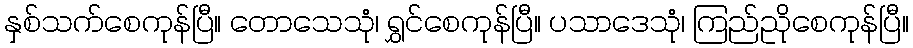
နှစ်သက်စေကုန်ပြီ။ တောသေသုံ၊ ရွှင်စေကုန်ပြီ။ ပသာဒေသုံ၊ ကြည်ညိုစေကုန်ပြီ။